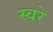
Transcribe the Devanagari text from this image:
स्वरे